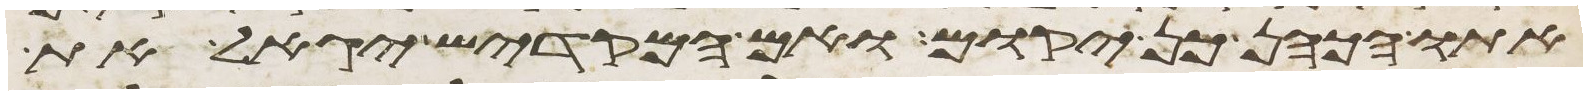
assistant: אתו הכהן כן יקום ואם המקדיש יגאל את